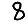
Digit: 8